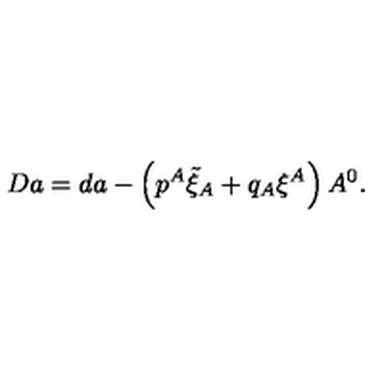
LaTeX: D a = d a - \left( p ^ { A } \tilde { \xi } _ { A } + q _ { A } \xi ^ { A } \right) A ^ { 0 } .